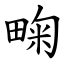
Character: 㽤